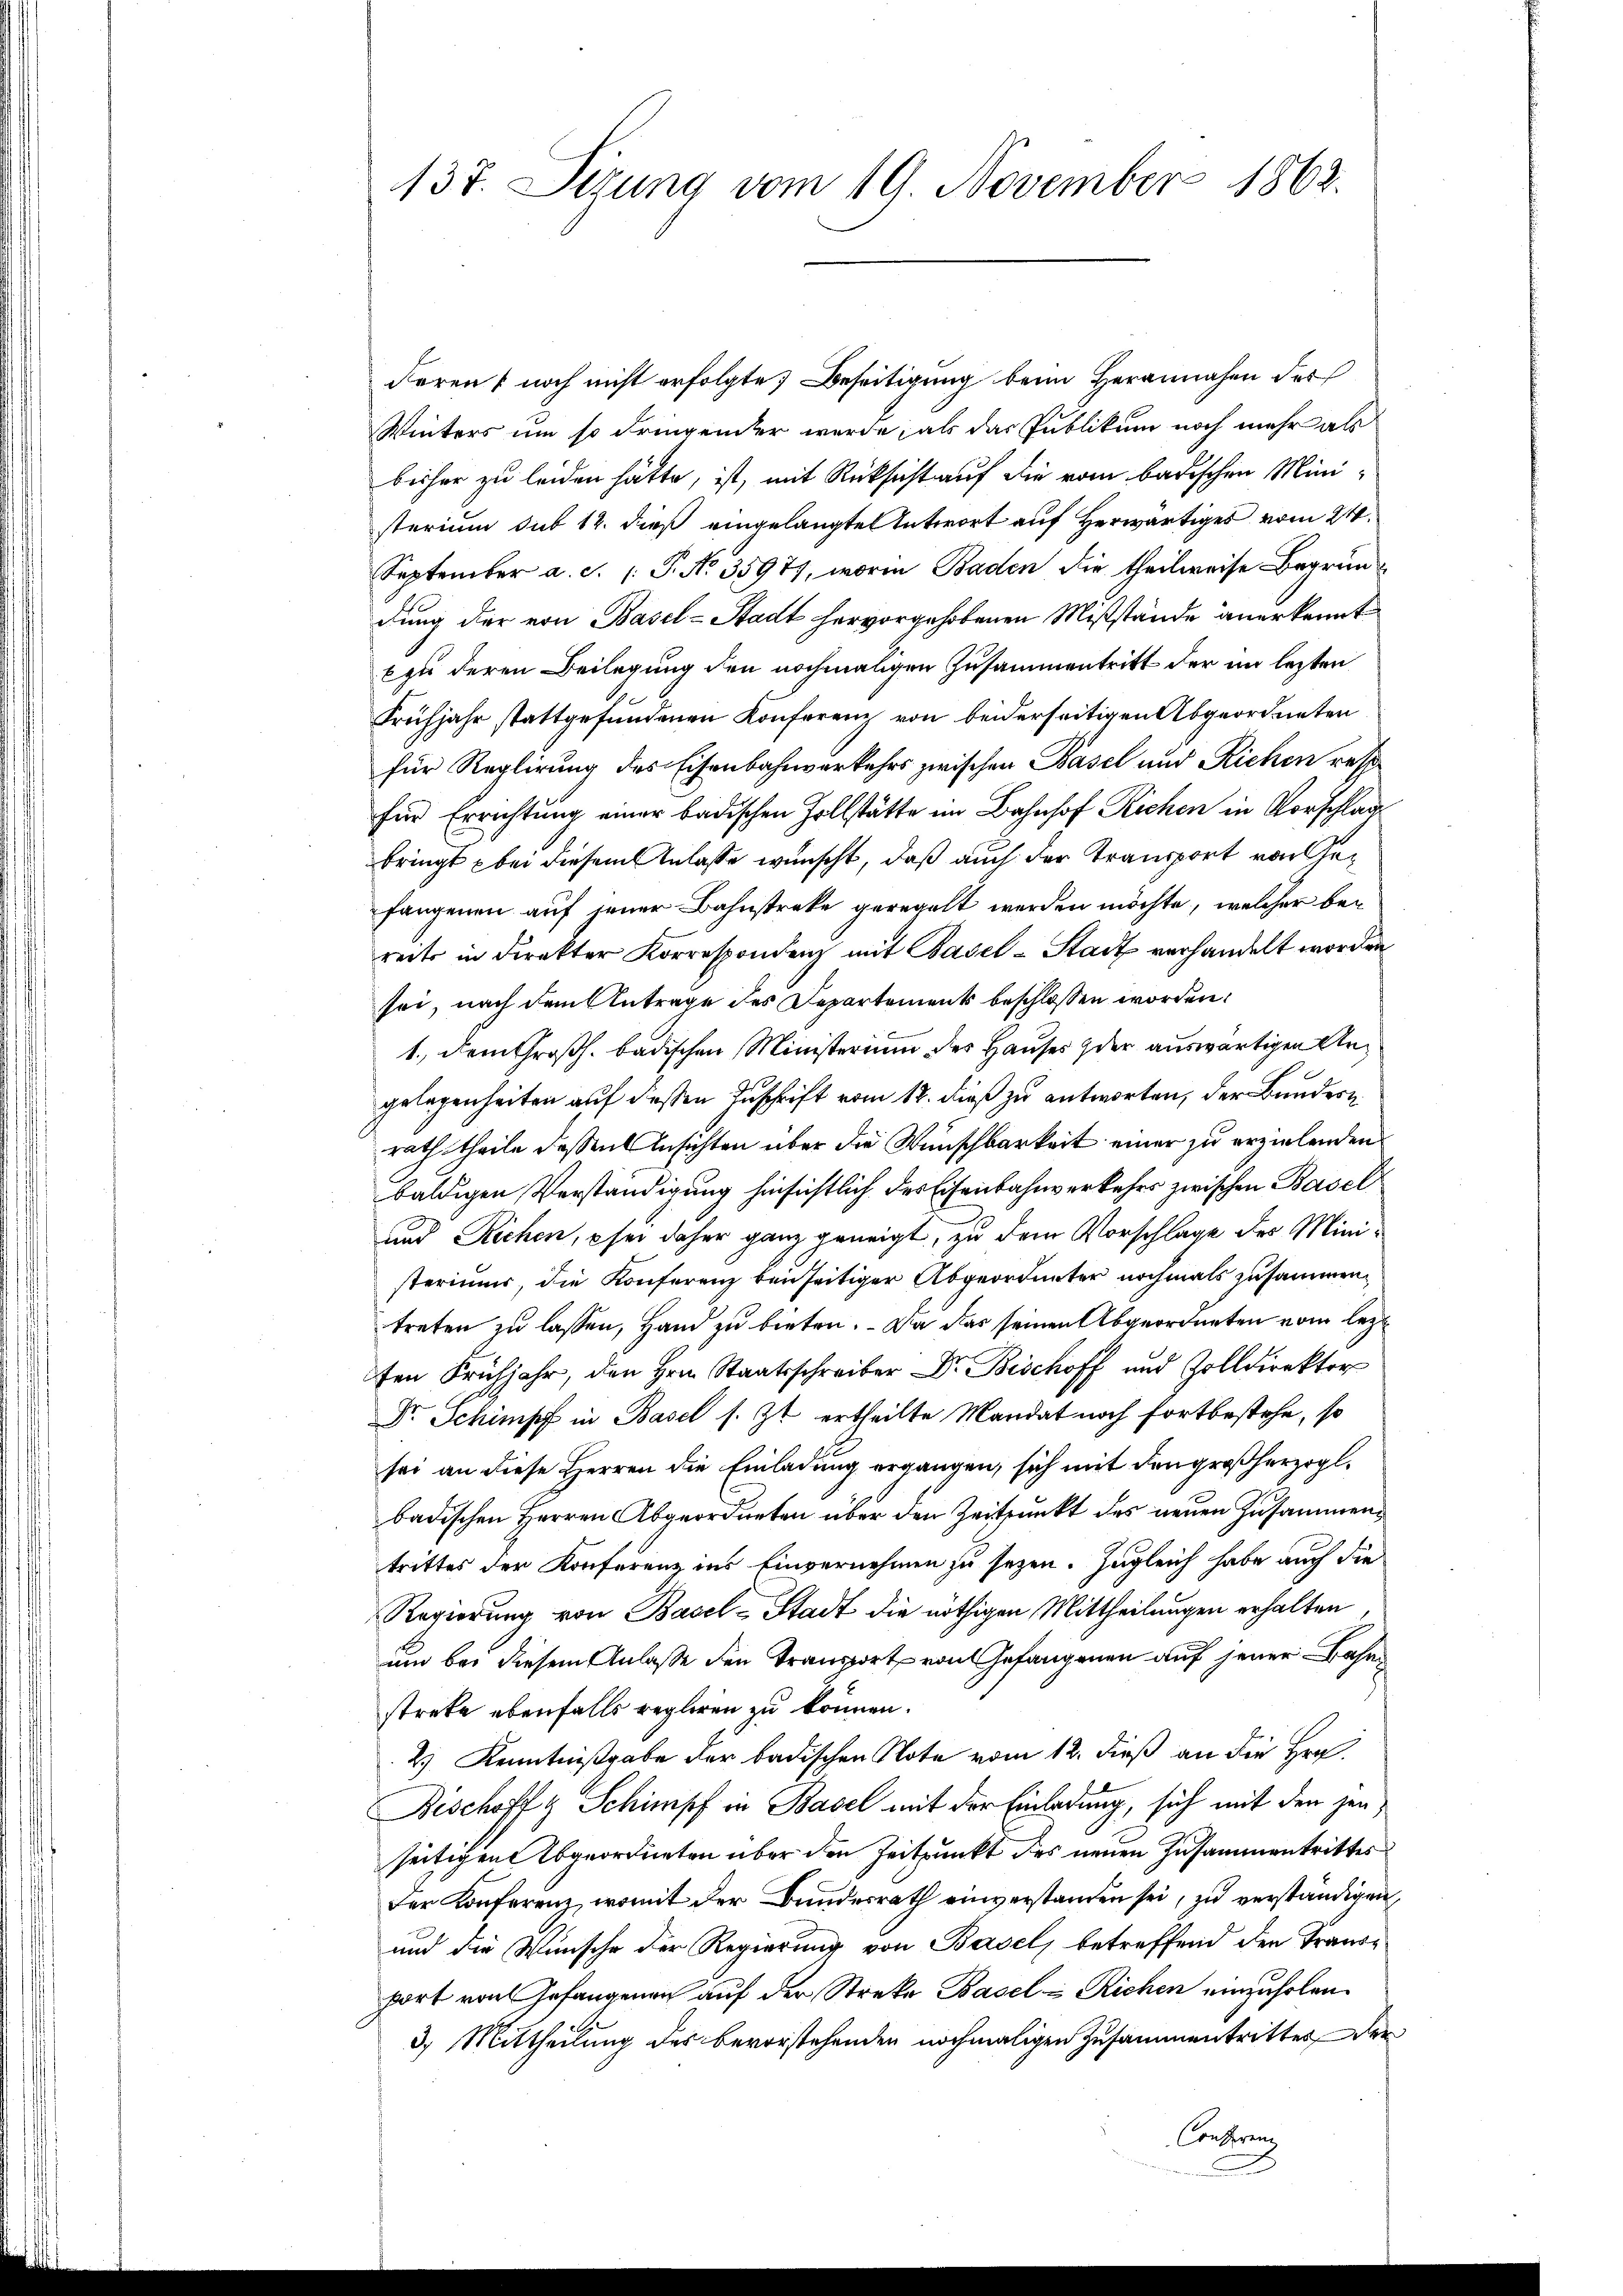
137. Sizung vom 19. November 1862.

Feren noch nicht erfolgte Beseitigung beim Herannahen des
Winters um so dringender werde, als das Publikum noch mehr als
bisher zu leiden hätte, ist, mit Rücksicht auf die vom badischen Ministerium sub 12. dieß eingelangte Antwort auf Herwärtiges vom 24.
September a. c. (T. No 3597), worin Baden die theilweise Begründung der von Basel-Stadt hervorgehobenen Mißstände anerkennt
x zu deren Beilegung den nochmaligen Zusammentritt der im lezten
Frühjahr stattgefundenen Konferen von beiderseitigen Abgeordneten
für Reglirung des Eisenbahnverkehrs zwischen Basel und Richen res
für Errichtung einer badischen Hollstätte im Bahnhof Richen in Vorschlag
bringt bei diesem Anlasse wünscht, daß auch der Transport von Gefangenen auf jener Bahnstreke geregelt werden möchte, welcher bereits in direkter Korrespondenz mit Basel-Stadt verhandelt worden
sei, nach dem Antrage des Departement beschlossen worden.
1., dem Großh. badischen Ministerium des Hauses der auswärtigen Ungelegenheiten auf dessen Zuschrift vom 12. dieß zu antworten, der Bundern
rath theile dessen Ansichten über die Wunschbarkeit einer zu erzielenden
baldigen Verständigung hinsichtlich des Eisenbahnverkehrs zwischen Basel
und Richen, sei daher ganz geneigt, zu dem Vorschlage des Ministeriums, die Konferenz beidseitiger Abgeordneter nochmals zusammentreten zu lassen, Hand zu bieten. Da das seinen Abgeordneten vom lezten Frühjahr, den Hrn. Staatsschreiber Dr. Bischoff und Zolldirektor
Dr. Schimpf in Basel s. Zt. ertheilte Mandat noch fortbestehe, so
sei an diese Herren die Einladung ergangen, sich mit den großherzogl.
badischen Herren Abgeordneten über den Zeitpunkt des neuen Zusammentrittes der Konferenz ins Einvernehmen zu sezen. Zugleich habe auch die
Regierung von Basel-Stadt die nöthigen Mittheilungen erhalten
um bei diesem Anlasse den Transport von Gefangenen auf jener Bahn
streke ebenfalls regleren zu können.
2.) Kenntnißgabe der badischen Note vom 12. dieß an die Hr.
Bischoff Schimpf in Basel mit der Einladung, sich mit den jenseitigen Abgeordneten über den Zeitpunkt des neuen Zusammentrittes
der Konferenz, womit der Bundesrath einverstanden sei, zu verständigen,
und die Wünsche der Regierung von Basel, betreffend den Transport von Gefangenen auf der Streke Basel Richen einzuholen.
3.) Mittheilung des bevorstehenden nochmaligen Zusammentritter der
Conserenz